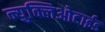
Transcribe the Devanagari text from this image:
न्युक्लिओटाईड